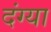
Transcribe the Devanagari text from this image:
दंग्या